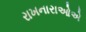
રાખનારાઓએ